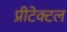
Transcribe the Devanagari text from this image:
प्रीटेक्टल